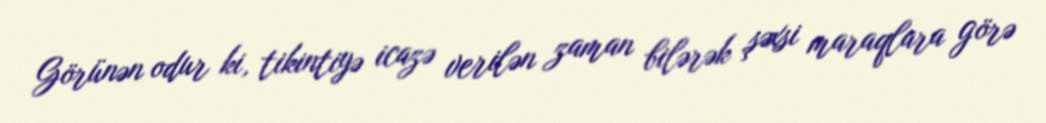
Görünən odur ki, tikintiyə icazə verilən zaman bilərək şəxsi maraqlara görə